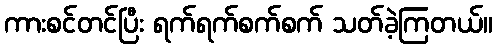
ကားစင်တင်ပြီး ရက်ရက်စက်စက် သတ်ခဲ့ကြတယ်။